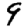
Digit: 9